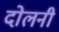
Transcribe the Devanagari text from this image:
दोलनी